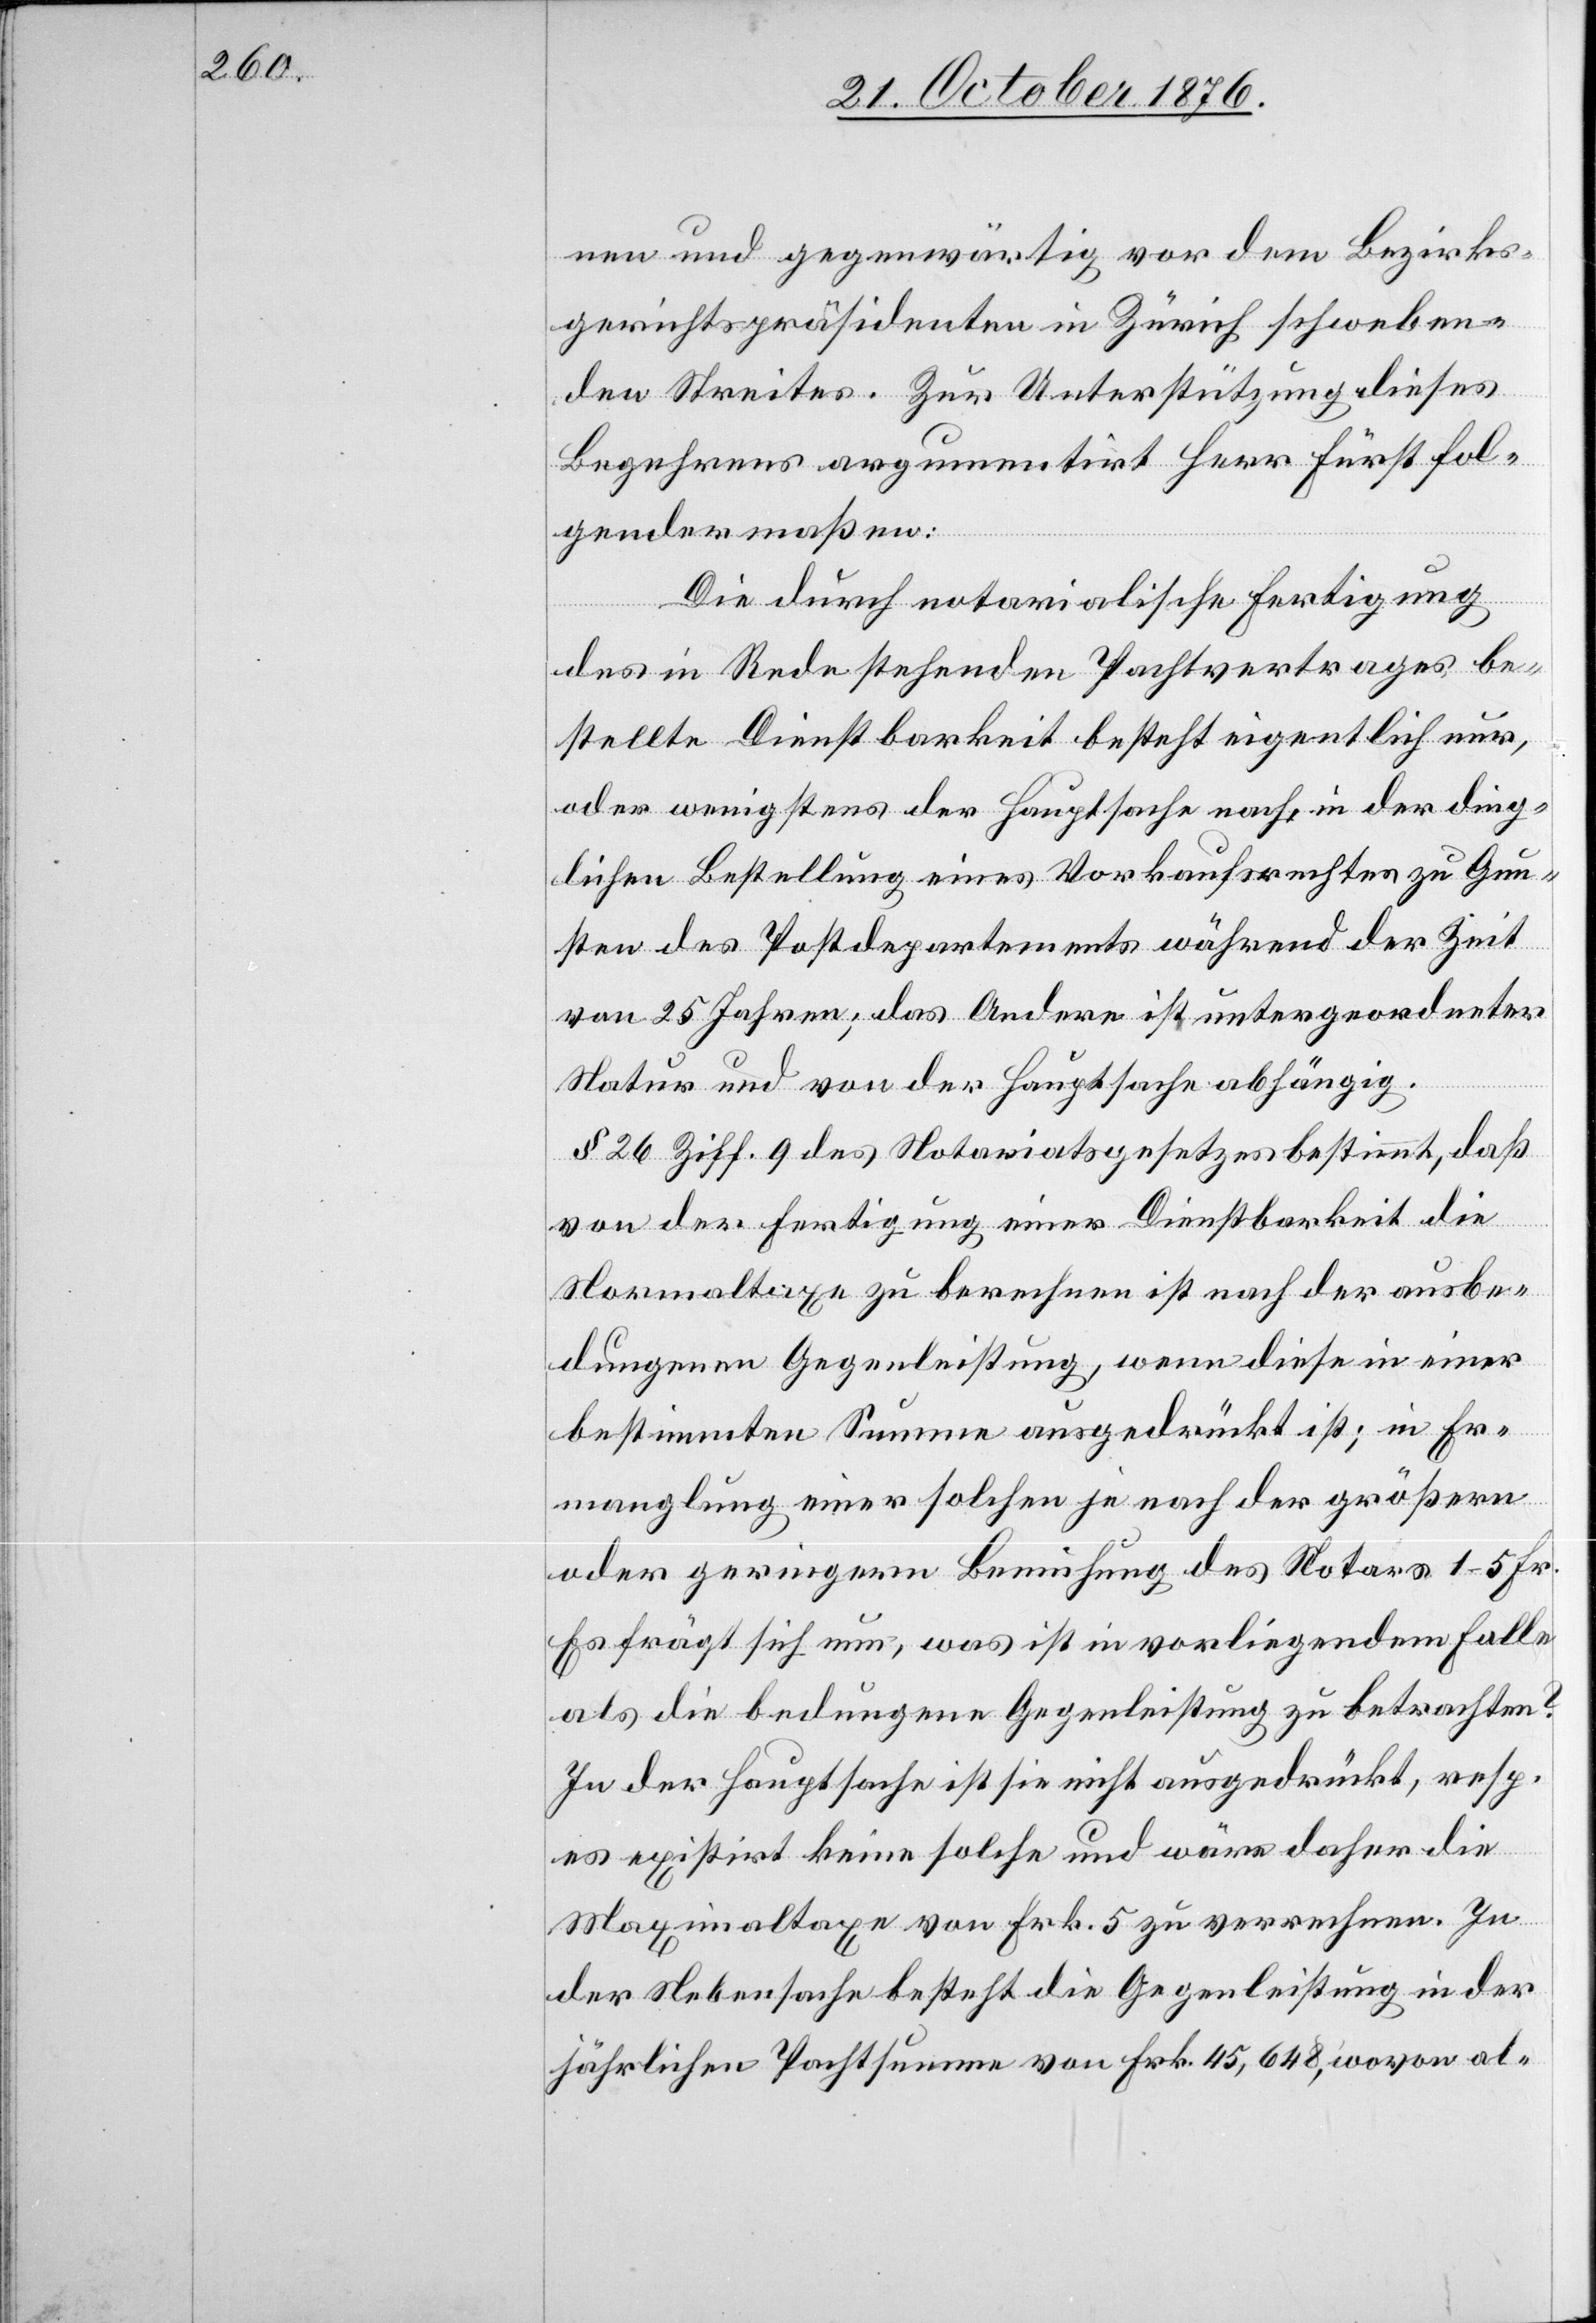
nen und gegenwärtig vor dem Bezirks¬
gerichtspräsidenten in Zürich schweben¬
den Streites. Zur Unterstützung dieses
Begehrens argumentirt Herr Fürst fol¬
gendermaßen:
Die durch notarialische Fertigung
des in Rede stehenden Pachtvertrages be¬
stellte Dienstbarkeit besteht eigentlich nur,
oder wenigstens der Hauptsache nach, in der ding¬
lichen Bestellung eines Vorkaufsrechtes zu Gun¬
sten des Postdepartements während der Zeit
von 25 Jahren; das Andere ist untergeordneter
Natur und von der Hauptsache abhängig.
§ 26 Ziff. 9 des Notariatsgesetzes bestimmt, daß
von der Fertigung einer Dienstbarkeit die
Normaltaxe zu berechnen ist nach der ausbe¬
dungenen Gegenleistung, wenn diese in einer
bestimmten Summe ausgedrückt ist; in Er¬
mangelung einer solchen je nach der größern
oder geringern Bemühung des Notars 1–5 Fr.
Es frägt sich nun, was ist in vorliegendem Falle
als die bedungene Gegenleistung zu betrachten?
In der Hauptsache ist sie nicht ausgedrückt, resp.
es existirt keine solche und wäre daher die
Maximaltaxe von Frk. 5 zu verrechnen. In
der Nebensache besteht die Gegenleistung in der
jährlichen Pachtsumme von Frk. 45,648, wovon al-